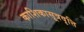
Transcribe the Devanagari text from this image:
काशिकासूत्रवृत्ति